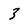
Character: 3